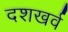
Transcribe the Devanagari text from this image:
दशखर्व